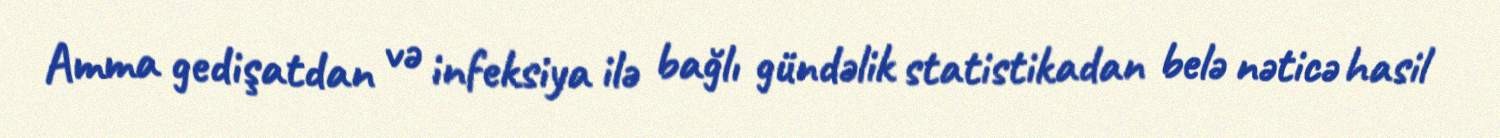
Amma gedişatdan və infeksiya ilə bağlı gündəlik statistikadan belə nəticə hasil